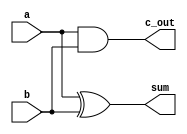
module HalfBitAdder(
	input a,
	input b,
	
	output sum,
	output c_out
);

	xor(sum, a, b);
	and(c_out, a, b);
	
endmodule